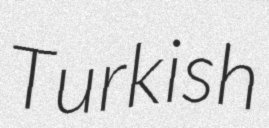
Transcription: Turkish